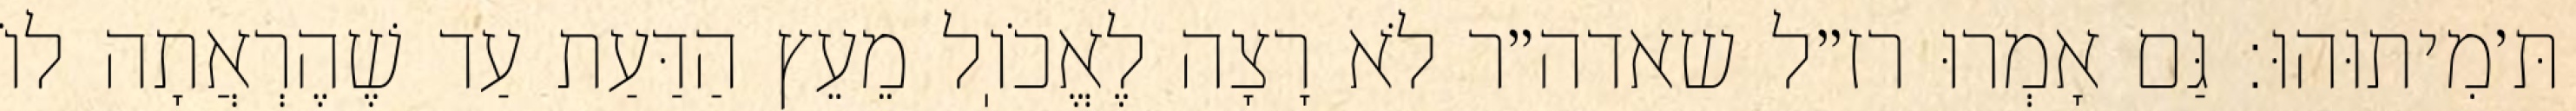
תּ׳מִיתוּהוּ: גַּם אָמְרוּ רז״ל שאדה״ר לֹא רָצָה לֶאֱכֹוֽל מֵעֵץ הַדַּעַת עַד שֶׁהֶרְאֲתָה לוֹ